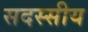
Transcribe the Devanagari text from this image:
सदस्सीय